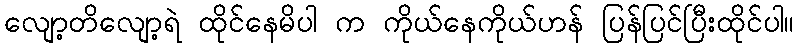
လျော့တိလျော့ရဲ ထိုင်နေမိပါ က ကိုယ်နေကိုယ်ဟန် ပြန်ပြင်ပြီးထိုင်ပါ။